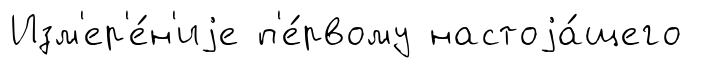
Изм'ер'е́н'иjе п'е́рвому настоjа́щего